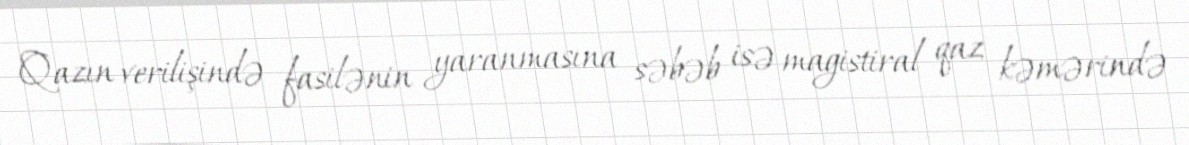
Qazın verilişində fasilənin yaranmasına səbəb isə magistiral qaz kəmərində